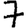
Digit: 7